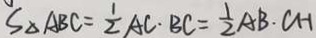
S _ { \Delta A B C } = \frac { 1 } { 2 } A C \cdot B C = \frac { 1 } { 2 } A B \cdot C H